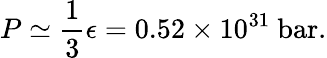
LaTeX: P\simeq{\frac{1}{3}}\epsilon=0.52\times 10^{31}~{\mathrm{bar}}.